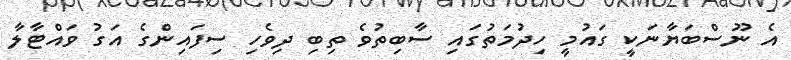
އެ ނޫސްބަޔާނަކީ ގައުމީ ހިދުމަތުގައި ސާބިތުވެ ތިބި ދިވެހި ސިފައިންގެ އަގު ވައްޓާލާ